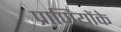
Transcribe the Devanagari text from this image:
प्राणियोंके